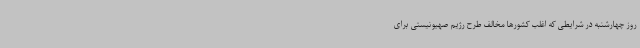
روز چهارشنبه در شرایطی که اغلب کشورها مخالف طرح رژیم صهیونیستی برای